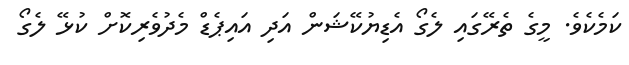
ކަމެކެވެ. މީގެ ތެރޭގައި ލެގޯ އެޑިޔުކޭޝަން އަދި އައިޕެޑް މެދުވެރިކޮށް ކުޅޭ ލެގޯ